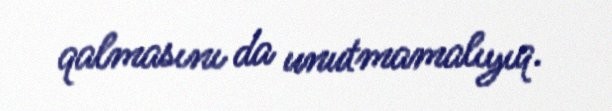
qalmasını da unutmamalıyıq.